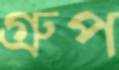
গ্রুপ